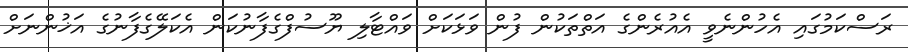
ރަސްކަމުގައި އެހުންނެވީ އެއުރެންގެ އަތްތަކުން ފުން ވަޅަކަށް ވައްޓާލި ޔޫސުފްގެފާނުކަން އެކަލޭގެފާނުގެ އަޚުންނަށް